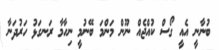
ބުނާނީ އެއީ ގޯސް ކުއްޖެއް ނޫން މަންމަ ބޭނުމީ ނިހާމާ ރަނގަޅު ހަރުދަނާ